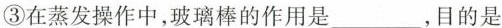
③在蒸发操作中，玻璃棒的作用是___，目的是